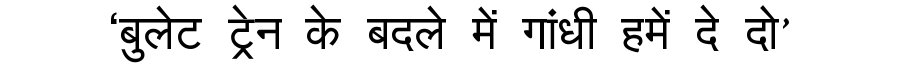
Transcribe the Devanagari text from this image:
‘बुलेट ट्रेन के बदले में गांधी हमें दे दो’